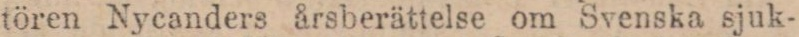
tören Nycanders årsberättelse om Svenska sjuk-